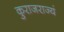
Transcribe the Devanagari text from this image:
कुराजराज्यं